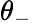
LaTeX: \theta_{-}